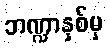
ဘဏ္ဍာနှစ်မှ